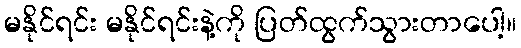
မနိုင်ရင်း မနိုင်ရင်းနဲ့ကို ပြတ်ထွက်သွားတာပေါ့။